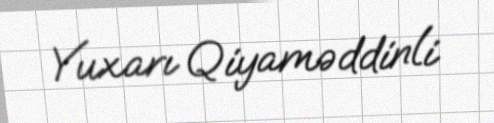
Yuxarı Qiyaməddinli